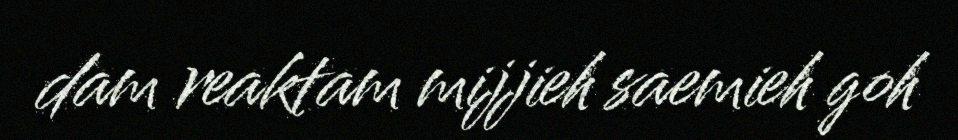
dam reaktam mijjieh saemieh goh